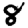
Digit: 8